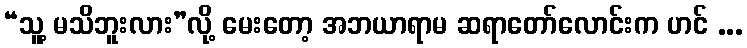
“သူ့ မသိဘူးလား”လို့ မေးတော့ အဘယာရာမ ဆရာတော်လောင်းက ဟင် ...